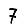
Digit: 7